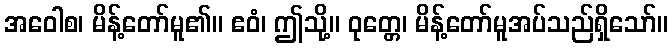
အဝေါစ၊ မိန့်တော်မူ၏။ ဧဝံ၊ ဤသို့။ ဝုတ္တေ၊ မိန့်တော်မူအပ်သည်ရှိသော်။